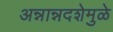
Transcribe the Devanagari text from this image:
अन्नान्नदशेमुळे